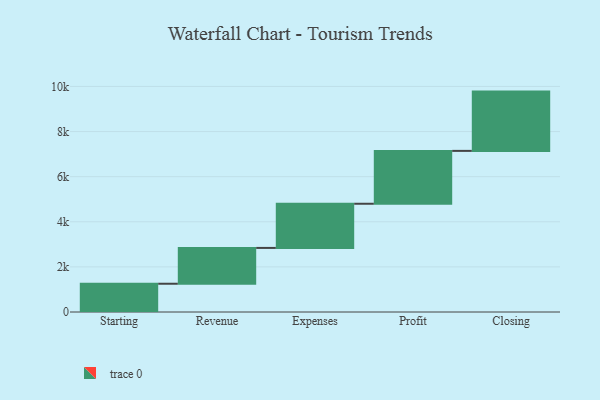
{"axis": {"x": "Step", "y": "Value"}, "legend": [""], "data": [{"x": "Starting", "y": 1253.0, "type": ""}, {"x": "Revenue", "y": 1588.0, "type": ""}, {"x": "Expenses", "y": 1958.0, "type": ""}, {"x": "Profit", "y": 2344.0, "type": ""}, {"x": "Closing", "y": 2628.0, "type": ""}]}